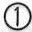
①